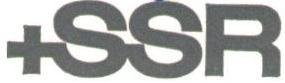
+SSR